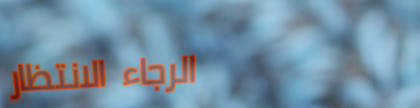
الرجاء الانتظار